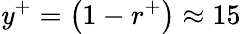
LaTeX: \mathit{y}^{+}=\left(1-r^{+}\right)\approx15